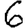
Digit: 6